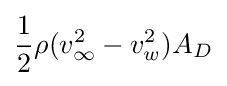
{\frac {1}{2}}\rho (v_{\infty }^{2}-v_{w}^{2})A_{D}